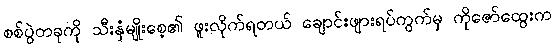
စစ်ပွဲတခုကို သီးနှံမျိုးစေ့၏ ဖူးလိုက်ရတယ် ချောင်းဖျားရပ်ကွက်မှ ကိုဇော်ထွေးက